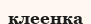
клеенка